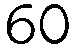
60